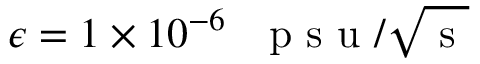
\epsilon = 1 \times 1 0 ^ { - 6 } \mathrm { ~ ~ ~ p ~ s ~ u ~ } / \sqrt { \mathrm { ~ s ~ } }